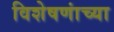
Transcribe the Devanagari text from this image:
विशेषणांच्या